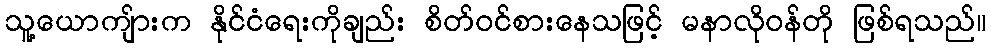
သူ့ယောကျ်ားက နိုင်ငံရေးကိုချည်း စိတ်ဝင်စားနေသဖြင့် မနာလိုဝန်တို ဖြစ်ရသည်။